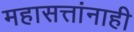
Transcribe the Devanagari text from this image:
महासत्तांनाही